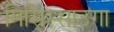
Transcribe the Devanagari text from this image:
मिसिस्साउगा